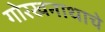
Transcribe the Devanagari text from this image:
गोरखनाथाचे